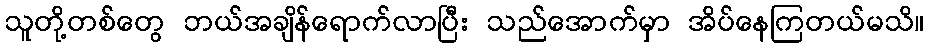
သူတို့တစ်တွေ ဘယ်အချိန်ရောက်လာပြီး သည်အောက်မှာ အိပ်နေကြတယ်မသိ။